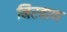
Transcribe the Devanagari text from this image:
निरवाण